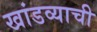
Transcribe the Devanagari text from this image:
खांडव्याची